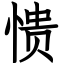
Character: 愦